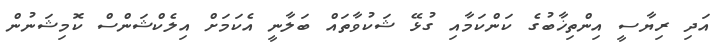
އަދި ރިޔާސީ އިންތިޚާބުގެ ކަންކަމާއި ގުޅޭ ޝަކުވާތައް ބަލާނީ އެކަމަށް އިލެކްޝަންސް ކޮމިޝަނުން